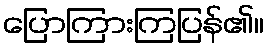
ပြောကြားကြပြန်၏။